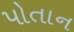
પોતાન